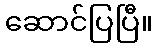
ဆောင်ပြပြီ။